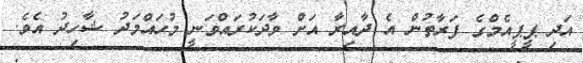
އަދި ޕީޕީއެމްގެ ފަރާތުން އެ ދާއިރާ އަށް ވާދަކުރައްވަނީ މުހައްމަދު ޝާހިދު އެވެ.